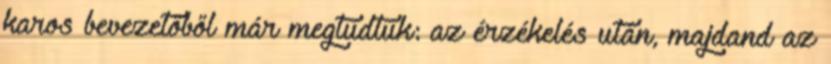
karos bevezetőből már megtudtuk: az érzékelés után, majdand az